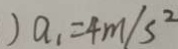
) a _ { 1 } = 4 m / s ^ { 2 }